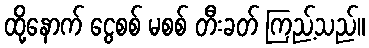
ထို့နောက် ငွေစစ် မစစ် တီးခတ် ကြည့်သည်။